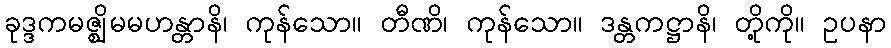
ခုဒ္ဒကမဇ္ဈိမမဟန္တာနိ၊ ကုန်သော။ တီဏိ၊ ကုန်သော။ ဒန္တကဋ္ဌာနိ၊ တို့ကို။ ဥပနာ